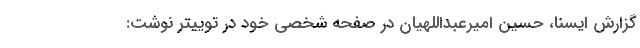
گزارش ایسنا، حسین امیرعبداللهیان در صفحه شخصی خود در توییتر نوشت: